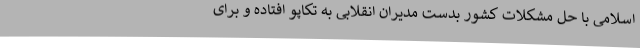
اسلامی با حل مشکلات کشور بدست مدیران انقلابی به تکاپو افتاده و برای